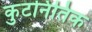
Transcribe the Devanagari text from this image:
कुटनितिक